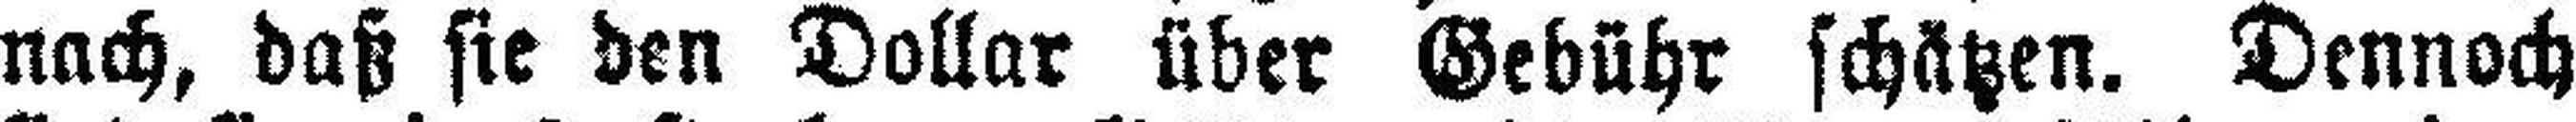
nach, daß sie den Dollar über Gebühr schätzen. Dennoch